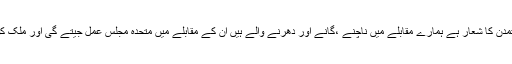
متحدہ مجلس عمل اسلامی تہذیب و تمدن کا شعار ہے ہمارے مقابلے میں ناچنے ،گانے اور دھرنے والے ہیں ان کے مقابلے میں متحدہ مجلس عمل جیتے گی اور ملک کو ترقی کی راہ پر گامزن کرے گی۔